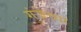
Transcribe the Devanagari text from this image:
गुंजेच्या